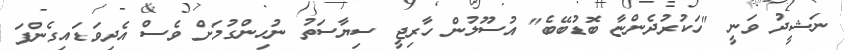
ނަޝީދު ވަނީ "ހަކުރުދެންޏާ ބޮޑުބޭބެ" އުސޫލުން ހާރިޖީ ސިޔާސަތު ނުހިންގުމަށް ވެސް އެދިވަޑައިގެންފަ